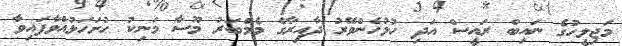
މަޖިލީހުގެ ނައިބް ރައީސް އަދި ހުޅުހެންވޭރު ދާއިރާގެ މެމްބަރު މޫސާ މަނިކު ހުށަހަޅުއްވާފައިވާ